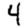
Digit: 4